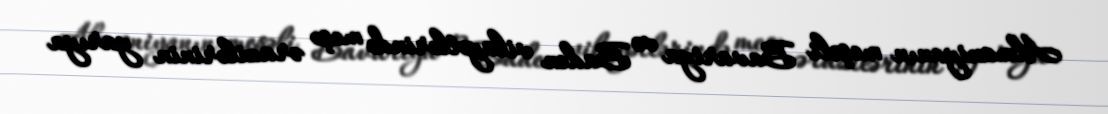
Almaniyanın meşəli Bavariya və Baden vilayətlərində meşə ərazilərinin yarıya